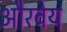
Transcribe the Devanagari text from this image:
औरवेय